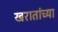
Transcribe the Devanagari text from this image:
खरातांच्या